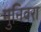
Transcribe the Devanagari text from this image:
मुनिवरा